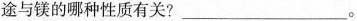
途与镁的哪种性质有关?___。